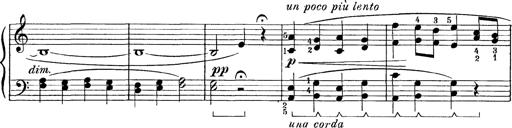
Title: Abschied
Composer: Franz Liszt